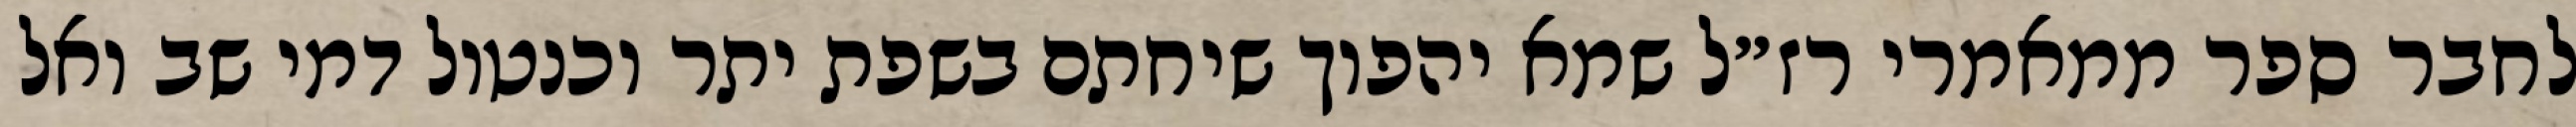
לחבר ספר ממאמרי רז״ל שמא יהפוך שיחתם בשפת יתר וכנטול דמי שב ואל